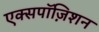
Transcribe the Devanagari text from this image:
एक्सपॉज़िशन